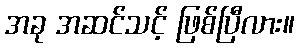
အခု အဆင်သင့် ဖြစ်ပြီလား။